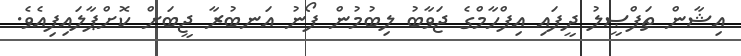
އިޝާން ތަފްޞީލު ދީފައި އިފްހާމްގެ ޖަވާބު ލިބުމުން ފޯނު އަނބުރާ ޖީބަށް ކޮށްޕާލައިފިއެވެ.